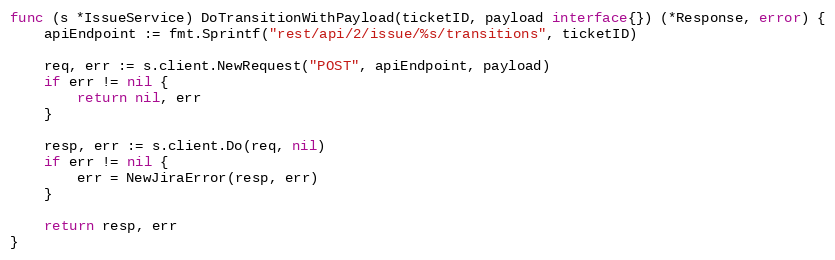
Language: Go
func (s *IssueService) DoTransitionWithPayload(ticketID, payload interface{}) (*Response, error) {
	apiEndpoint := fmt.Sprintf("rest/api/2/issue/%s/transitions", ticketID)

	req, err := s.client.NewRequest("POST", apiEndpoint, payload)
	if err != nil {
		return nil, err
	}

	resp, err := s.client.Do(req, nil)
	if err != nil {
		err = NewJiraError(resp, err)
	}

	return resp, err
}